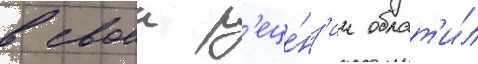
в своеи р'еце́нз'ии обрат'и́л